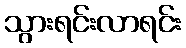
သွားရင်းလာရင်း